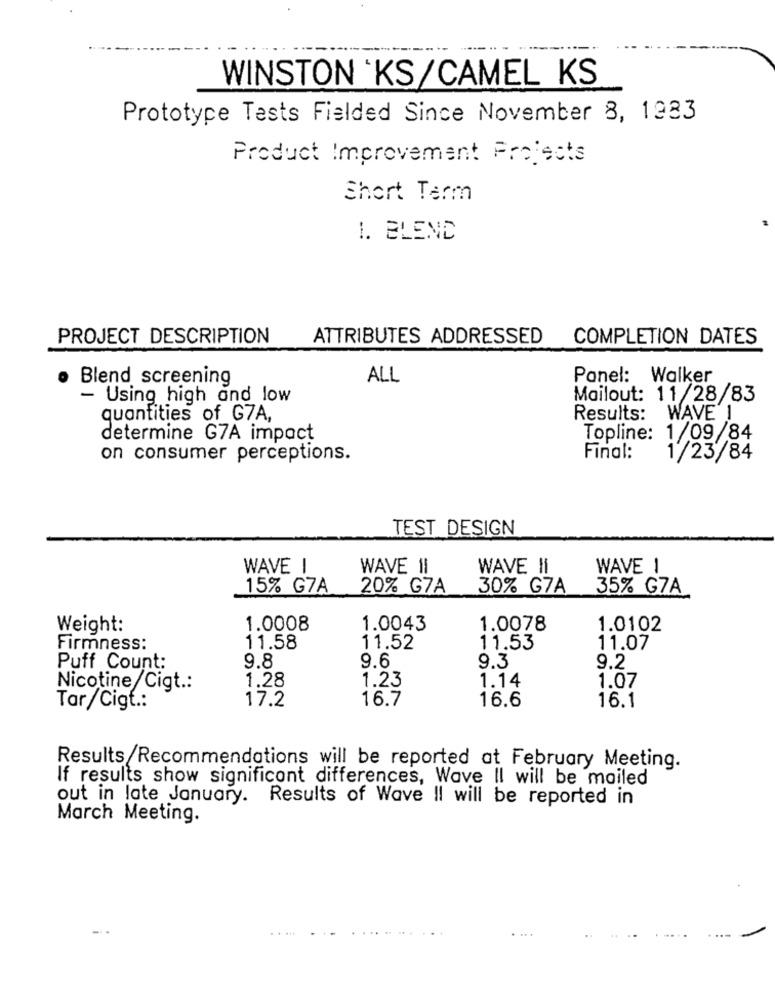
WINSTON KS/CAMEL KS
Prototype Tests Fielded Since November 8, 1983
Product Improvement Projects
Short Term
1. BLEND
PROJECT DESCRIPTION
ATTRIBUTES ADDRESSED COMPLETION DATES
Blend screening
ALL
Panel: Walker
- Using high and low
Mailout: 11/28/83
quantities of G7A,
Results: WAVE 1
determine G7A impact
Topline: 1/09/84
on consumer perceptions.
Final:
1/23/84
TEST DESIGN
WAVE I
WAVE 11
WAVE HI
WAVE 1
15% G7A
20% G7A
30% G7A
35% G7A
Weight:
1.0008
1.0043
1.0078
1.0102
11.58
Firmness:
11.52
11.53
11.07
Puff Count:
9.8
9.6
9.3
9.2
1.28
1.14
Nicotine Cigt .:
1.23
1.07
17.2
16.7
16.6
16.1
Tar/Cigt .:
Results/Recommendations will be reported at February Meeting.
If results show significant differences, Wave Il will be mailed
out in late January. Results of Wave Il will be reported in
March Meeting.
. ...